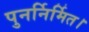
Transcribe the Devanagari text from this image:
पुनर्निर्मित।